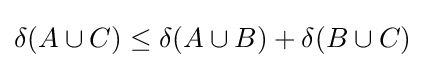
\delta (A\cup C)\leq \delta (A\cup B)+\delta (B\cup C)